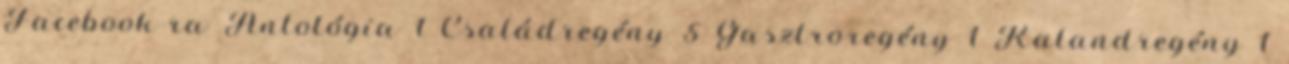
Facebook-ra Antológia 1 Családregény 5 Gasztroregény 1 Kalandregény 1